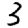
Digit: 3